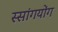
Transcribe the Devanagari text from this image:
स्सांगयोंग